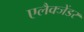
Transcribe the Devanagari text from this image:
एलैक्जेंडर